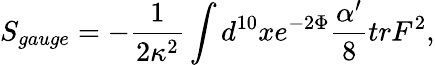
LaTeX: S_{gauge}=-\frac{1}{2\kappa^{2}}\int d^{10}xe^{-2\Phi}\frac{\alpha^{\prime}}{8}trF^{2},